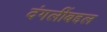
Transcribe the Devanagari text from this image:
दंगलींबद्दल